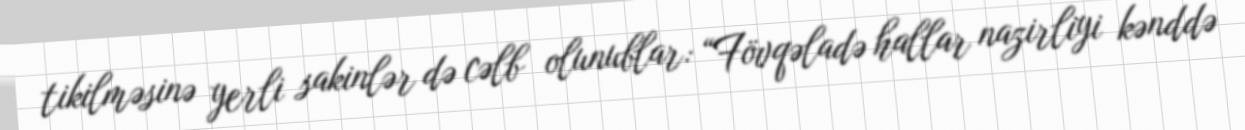
tikilməsinə yerli sakinlər də cəlb olunublar: “Fövqəladə hallar nazirliyi kənddə